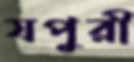
যপুরী